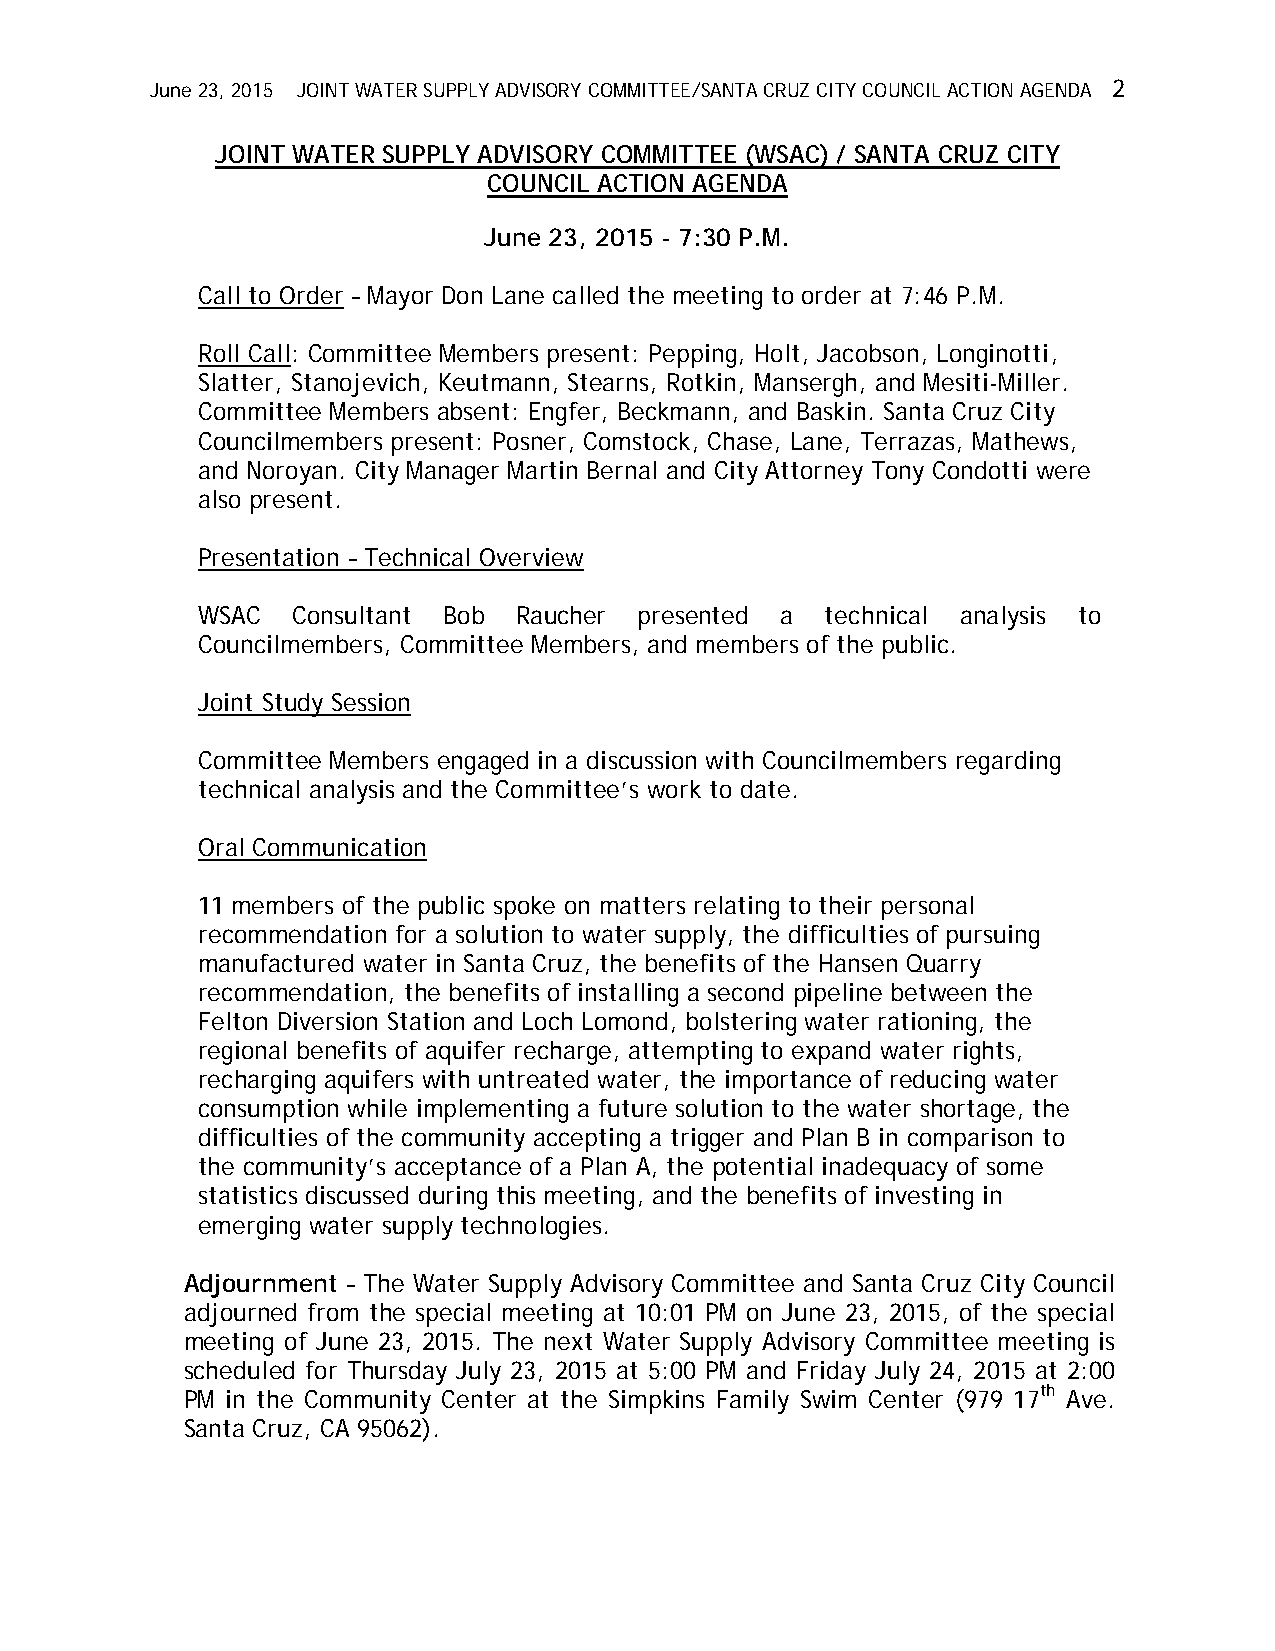
June 23, 2015 JOINT WATER SUPPLY ADVISORY COMMITTEE/SANTA CRUZ CITY COUNCIL ACTION AGENDA 2
 JOINT WATER SUPPLY ADVISORY COMMITTEE (WSAC) / SANTA CRUZ CITY
 COUNCIL ACTION AGENDA
 June 23, 2015 - 7:30 P.M.
 Call to Order – Mayor Don Lane called the meeting to order at 7:46 P.M.
 Roll Call: Committee Members present: Pepping, Holt, Jacobson, Longinotti,
 Slatter, Stanojevich, Keutmann, Stearns, Rotkin, Mansergh, and Mesiti-Miller.
 Committee Members absent: Engfer, Beckmann, and Baskin. Santa Cruz City
 Councilmembers present: Posner, Comstock, Chase, Lane, Terrazas, Mathews,
 and Noroyan. City Manager Martin Bernal and City Attorney Tony Condotti were
 also present.
 Presentation – Technical Overview
 WSAC  Consultant Bob Raucher presented a  technical analysis to
 Councilmembers, Committee Members, and members of the public.
 Joint Study Session
 Committee Members engaged in a discussion with Councilmembers regarding
 technical analysis and the Committee’s work to date.
 Oral Communication
 11 members of the public spoke on matters relating to their personal
 recommendation for a solution to water supply, the difficulties of pursuing
 manufactured water in Santa Cruz, the benefits of the Hansen Quarry
 recommendation, the benefits of installing a second pipeline between the
 Felton Diversion Station and Loch Lomond, bolstering water rationing, the
 regional benefits of aquifer recharge, attempting to expand water rights,
 recharging aquifers with untreated water, the importance of reducing water
 consumption while implementing a future solution to the water shortage, the
 difficulties of the community accepting a trigger and Plan B in comparison to
 the community’s acceptance of a Plan A, the potential inadequacy of some
 statistics discussed during this meeting, and the benefits of investing in
 emerging water supply technologies.
 Adjournment – The Water Supply Advisory Committee and Santa Cruz City Council
 adjourned from the special meeting at 10:01 PM on June 23, 2015, of the special
 meeting of June 23, 2015. The next Water Supply Advisory Committee meeting is
 scheduled for Thursday July 23, 2015 at 5:00 PM and Friday July 24, 2015 at 2:00
 PM in the Community Center at the Simpkins Family Swim Center (979 17th Ave.
 Santa Cruz, CA 95062).